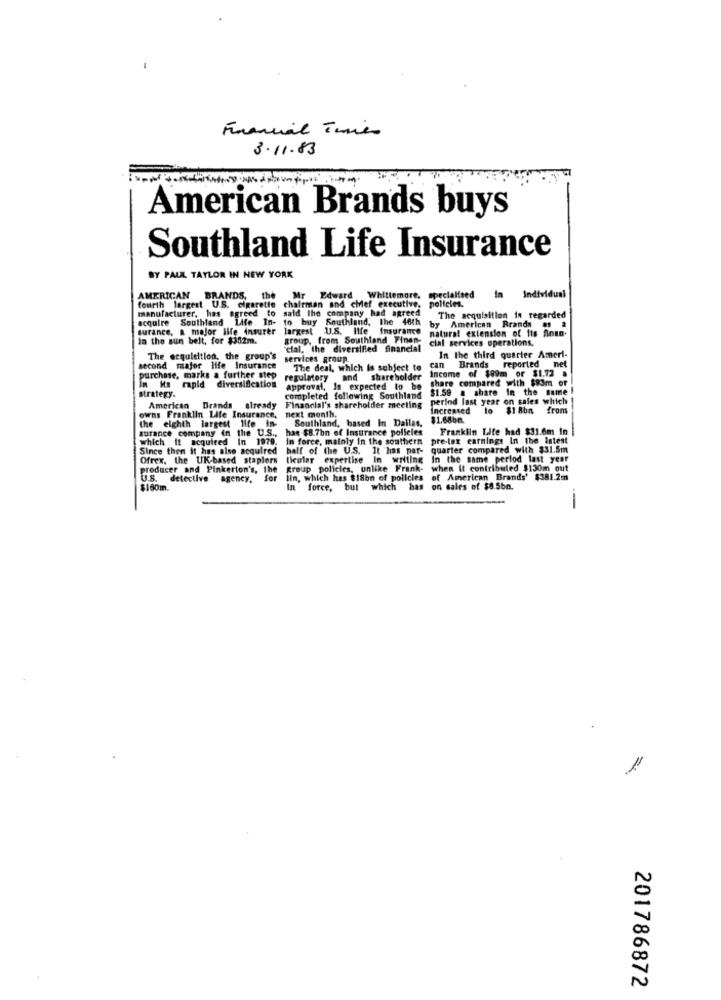
Financial Times
3.11.83
American Brands buys
Southland Life Insurance
BY PAUL TAYLOR IN NEW YORK
fourth largest U.S. cigarette chairman and chief executive, policies.
AMERICAN BRANDS, the Mr Edward
Whitlemore, specialised
a Individual
manufacturer, has agreed to
said The company had agreed
acquire Southland Life In- to buy Southland, the 46th
The acquisition in regarded
surance, a major life insurer
largest U.S. Ilfe Insurance
natural extension of its fonn.
y American Brands s *
In the sun belt, for $352m.
group, frem Southland Finan-
cial services operations.
cial, the diversified financial
The acquisition, the group's
services group.
can Brands
In the third quarter Ameri-
second major life Insurance
The deal, which is subject to
reported net
purchase, marks a further step
regulatory and
and shareholder
Income of $99m or $1.72 .
share compared with $83m of
strategy.
m Hs rapid diversification
approval, Is expected to be
$1.59 a share In the same !
completed following Southland
perind last year on sales which
American
Brands already
Financial's shareholder meeting
Increased
$1 8bn from
owns Franklin Life Insurance,
next month.
Southland, based In Dallas,
$1.68bn.
surance company in the U.S .,
the eighth largest life in-
has $8.7bn of Insurance polleles
Franklin Life had $31.6m In
which it acquired In 1979. in force, mainly in the southern pre-tax earnings In the intest
Since then it has also acquired
ball of the U.S. It has par-
quarter compared with $31.5m
Ofrex, the UK-based staplers
theular expertise
In writing in the same period last year
producer and Pinkerton's, the
group policies, unlike Frank- when it contributed $130m out
U.S.
agency.
lin, which has $18bn of policies
of American Brands' $381.2m
$160m.
force, but which has on sales of $8.5bn.
force, but
--
201786872